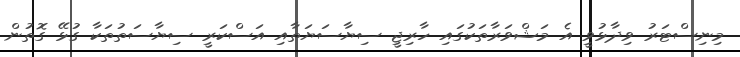
މިނިސްޓަރު ވިދާޅުވީ އެ މަޝްވަރާތަކުގައި ހާރިޖީ ސިޔާސަޔަތާއި އަސްކަރީ ސިޔާސަތުތަކާ ގުޅޭ ގޮތުން